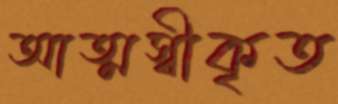
আত্মস্বীকৃত